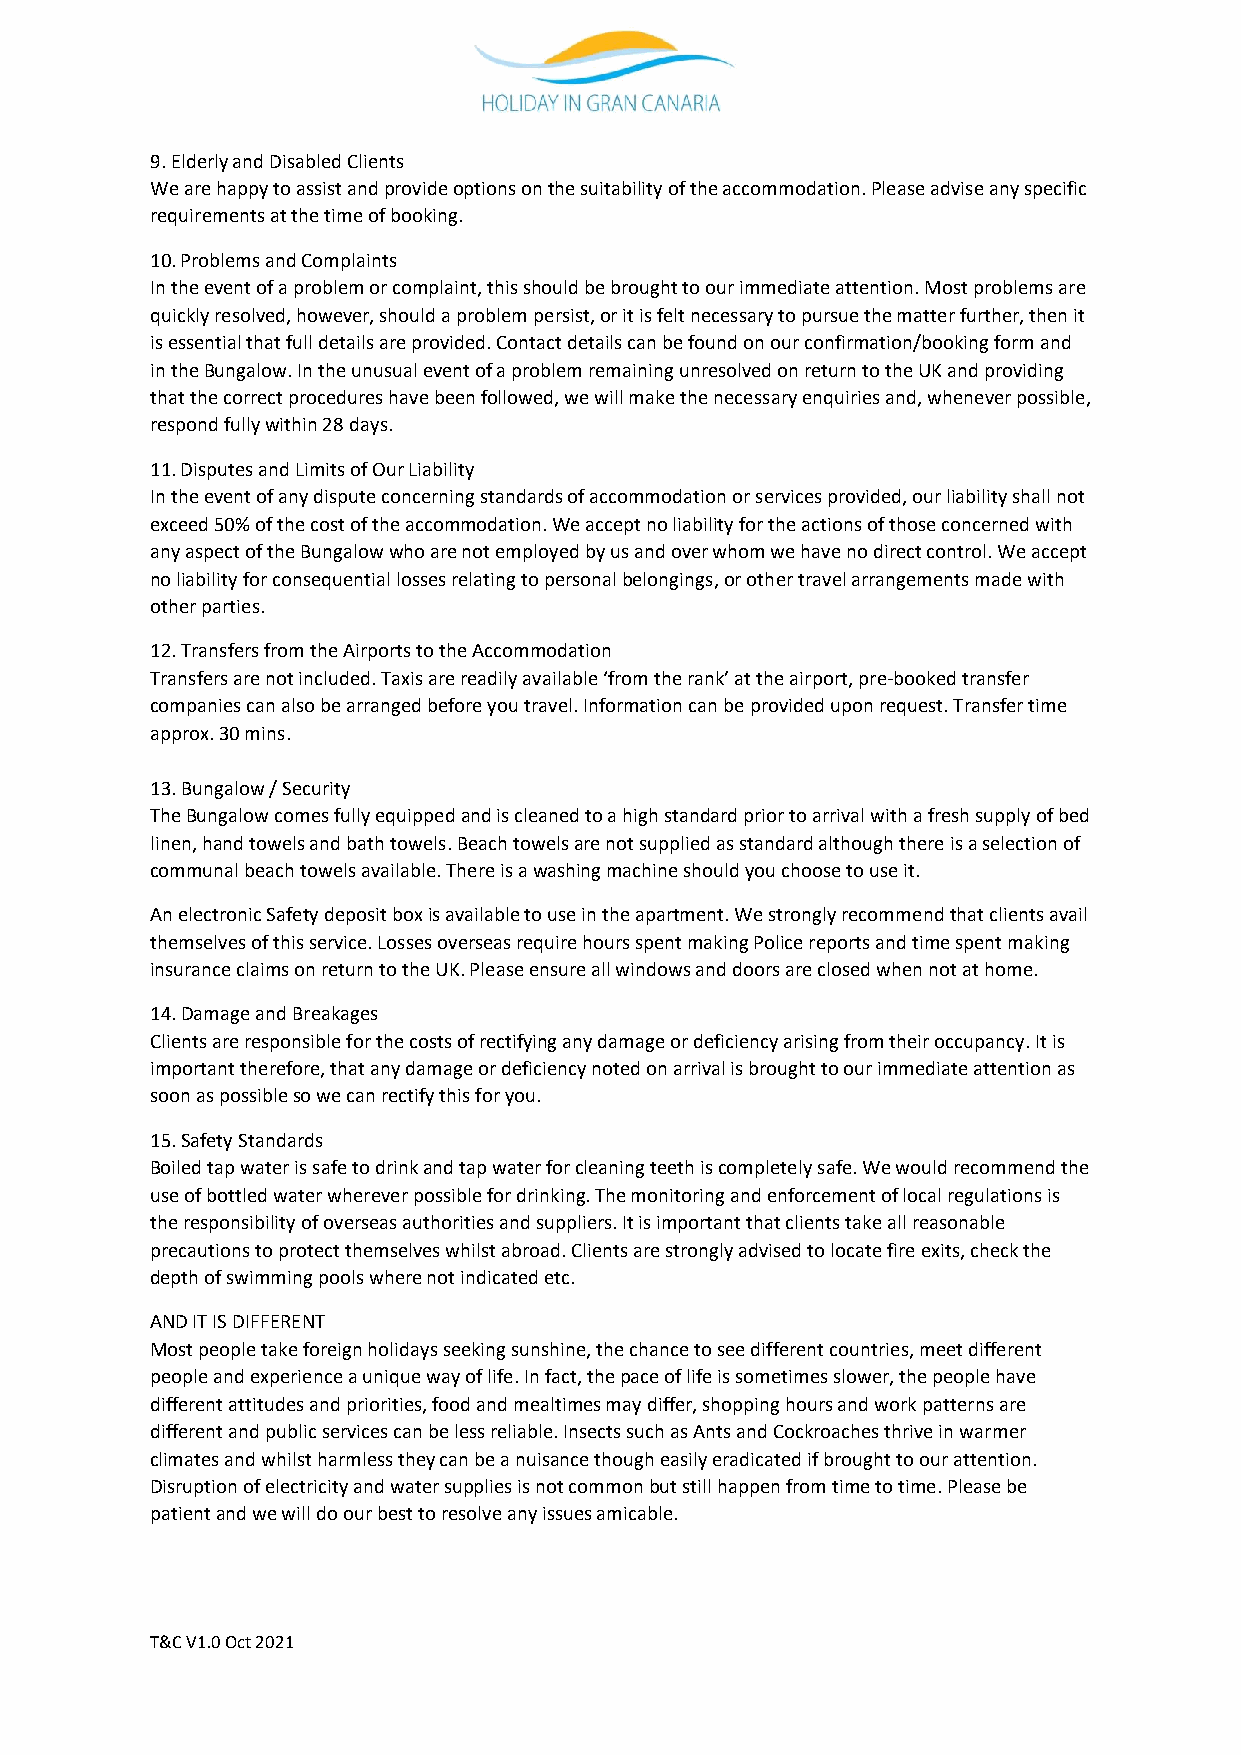
9. Elderly and Disabled Clients
 We are happy to assist and provide options on the suitability of the accommodation. Please advise any specific
 requirements at the time of booking.
 10. Problems and Complaints
 In the event of a problem or complaint, this should be brought to our immediate attention. Most problems are
 quickly resolved, however, should a problem persist, or it is felt necessary to pursue the matter further, then it
 is essential that full details are provided. Contact details can be found on our confirmation/booking form and
 in the Bungalow. In the unusual event of a problem remaining unresolved on return to the UK and providing
 that the correct procedures have been followed, we will make the necessary enquiries and, whenever possible,
 respond fully within 28 days.
 11. Disputes and Limits of Our Liability
 In the event of any dispute concerning standards of accommodation or services provided, our liability shall not
 exceed 50% of the cost of the accommodation. We accept no liability for the actions of those concerned with
 any aspect of the Bungalow who are not employed by us and over whom we have no direct control. We accept
 no liability for consequential losses relating to personal belongings, or other travel arrangements made with
 other parties.
 12. Transfers from the Airports to the Accommodation
 Transfers are not included. Taxis are readily available ‘from the rank’ at the airport, pre-booked transfer
 companies can also be arranged before you travel. Information can be provided upon request. Transfer time
 approx. 30 mins.
 13. Bungalow / Security
 The Bungalow comes fully equipped and is cleaned to a high standard prior to arrival with a fresh supply of bed
 linen, hand towels and bath towels. Beach towels are not supplied as standard although there is a selection of
 communal beach towels available. There is a washing machine should you choose to use it.
 An electronic Safety deposit box is available to use in the apartment. We strongly recommend that clients avail
 themselves of this service. Losses overseas require hours spent making Police reports and time spent making
 insurance claims on return to the UK. Please ensure all windows and doors are closed when not at home.
 14. Damage and Breakages
 Clients are responsible for the costs of rectifying any damage or deficiency arising from their occupancy. It is
 important therefore, that any damage or deficiency noted on arrival is brought to our immediate attention as
 soon as possible so we can rectify this for you.
 15. Safety Standards
 Boiled tap water is safe to drink and tap water for cleaning teeth is completely safe. We would recommend the
 use of bottled water wherever possible for drinking. The monitoring and enforcement of local regulations is
 the responsibility of overseas authorities and suppliers. It is important that clients take all reasonable
 precautions to protect themselves whilst abroad. Clients are strongly advised to locate fire exits, check the
 depth of swimming pools where not indicated etc.
 AND IT IS DIFFERENT
 Most people take foreign holidays seeking sunshine, the chance to see different countries, meet different
 people and experience a unique way of life. In fact, the pace of life is sometimes slower, the people have
 different attitudes and priorities, food and mealtimes may differ, shopping hours and work patterns are
 different and public services can be less reliable. Insects such as Ants and Cockroaches thrive in warmer
 climates and whilst harmless they can be a nuisance though easily eradicated if brought to our attention.
 Disruption of electricity and water supplies is not common but still happen from time to time. Please be
 patient and we will do our best to resolve any issues amicable.
 T&C V1.0 Oct 2021